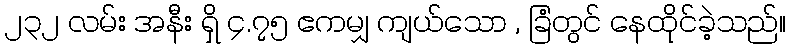
၂၃၂ လမ်း အနီး ရှိ ၄.၇၅ ဧကမျှ ကျယ်သော , ခြံတွင် နေထိုင်ခဲ့သည်။